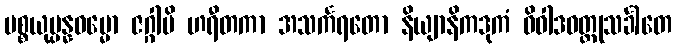
ပစ္စယုပ္ပန္နဓမ္မော ဇဂ္ဂါမိ ဟရီတကာ အသင်္ကရတော နိယျာနိကဒုကံ ဝိဝါဒဝတ္ထုသင်္ခါတေ